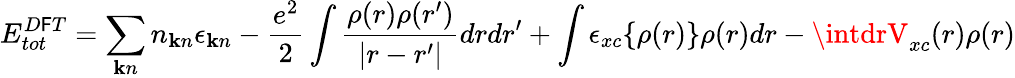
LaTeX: E_{tot}^{D\mathsf{F}T}=\sum_{\mathbf{k}n}n_{\mathbf{k}n}\epsilon_{\mathbf{k}n}-\frac{{e^{2}}}{{2}}\int\frac{{\rho(r)\rho(r^{\prime})}}{{|r-r^{\prime}|}}drdr^{\prime}+\int\epsilon_{xc}\{ \rho(r)\} \rho(r)dr-\intdrV_{xc}(r)\rho(r)